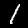
Digit: 1